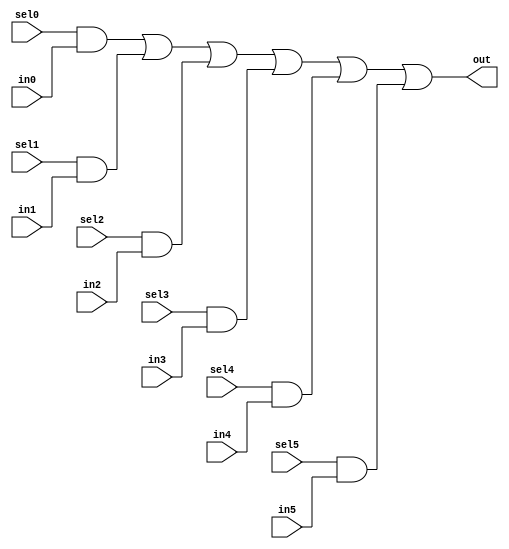
module asic_dmux6 #(parameter PROP = "DEFAULT")  (
   input  sel5,
   input  sel4,
   input  sel3,
   input  sel2,
   input  sel1,
   input  sel0,
   input  in5,
   input  in4,
   input  in3,
   input  in2,
   input  in1,
   input  in0,
   output out
    );

   assign out = sel0 & in0 |
		sel1 & in1 |
		sel2 & in2 |
		sel3 & in3 |
		sel4 & in4 |
		sel5 & in5;

endmodule